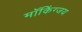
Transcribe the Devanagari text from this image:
मॉकिंग्जय